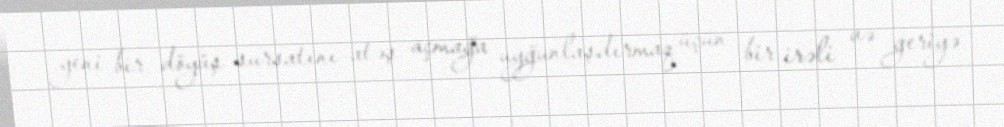
yeni bir döyüş sursatını atəş açmağa uyğunlaşdırmaq üçün bir irəli və geriyə